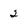
Character: 2